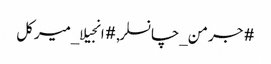
#جرمن_چانسلر, #انجیلا_میرکل